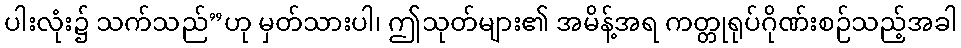
ပါးလုံး၌ သက်သည်”ဟု မှတ်သားပါ၊ ဤသုတ်များ၏ အမိန့်အရ ကတ္တုရုပ်ဂိုဏ်းစဉ်သည့်အခါ